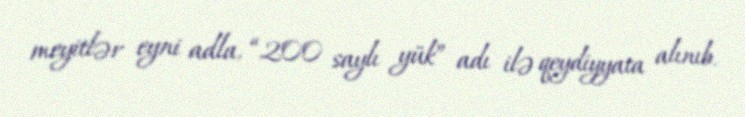
meyitlər eyni adla, “200 saylı yük” adı ilə qeydiyyata alınıb.